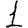
Digit: 1